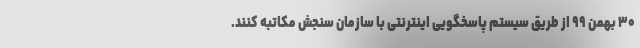
۳۰ بهمن ۹۹ از طریق سیستم پاسخگویی اینترنتی با سازمان سنجش مکاتبه کنند.